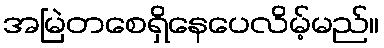
အမြဲတစေရှိနေပေလိမ့်မည်။